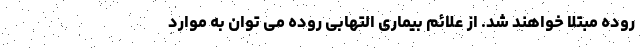
روده مبتلا خواهند شد. از علائم بیماری التهابی روده می توان به موارد